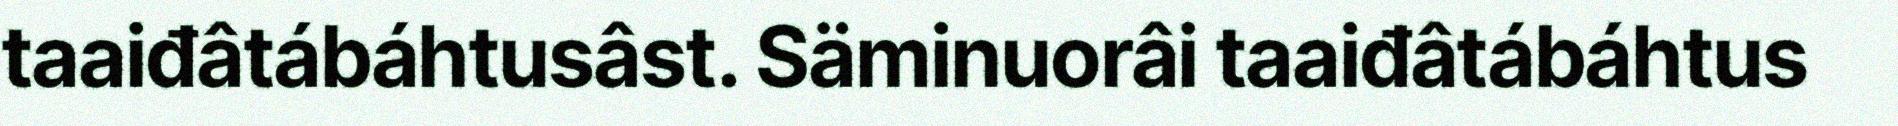
taaiđâtábáhtusâst. Säminuorâi taaiđâtábáhtus